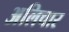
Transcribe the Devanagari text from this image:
अलिचार